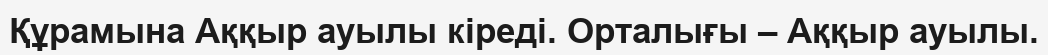
Құрамына Аққыр ауылы кіреді. Орталығы – Аққыр ауылы.